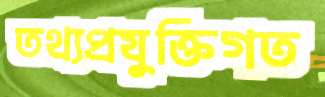
তথ্যপ্রযুক্তিগত